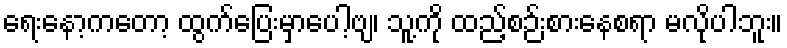
ရေးနော့ကတော့ ထွက်ပြေးမှာပေါ့ဗျ၊ သူ့ကို ထည့်စဉ်းစားနေစရာ မလိုပါဘူး။